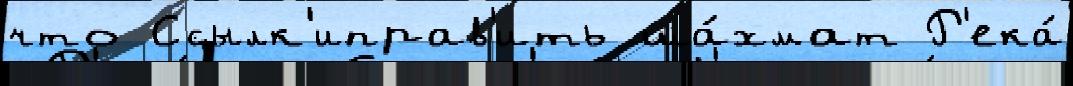
что Ссылк'иправ'ить ша́хмат Р'ека́